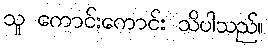
သူ ကောင်းကောင်း သိပါသည်။